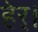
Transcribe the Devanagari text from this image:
हेर्।